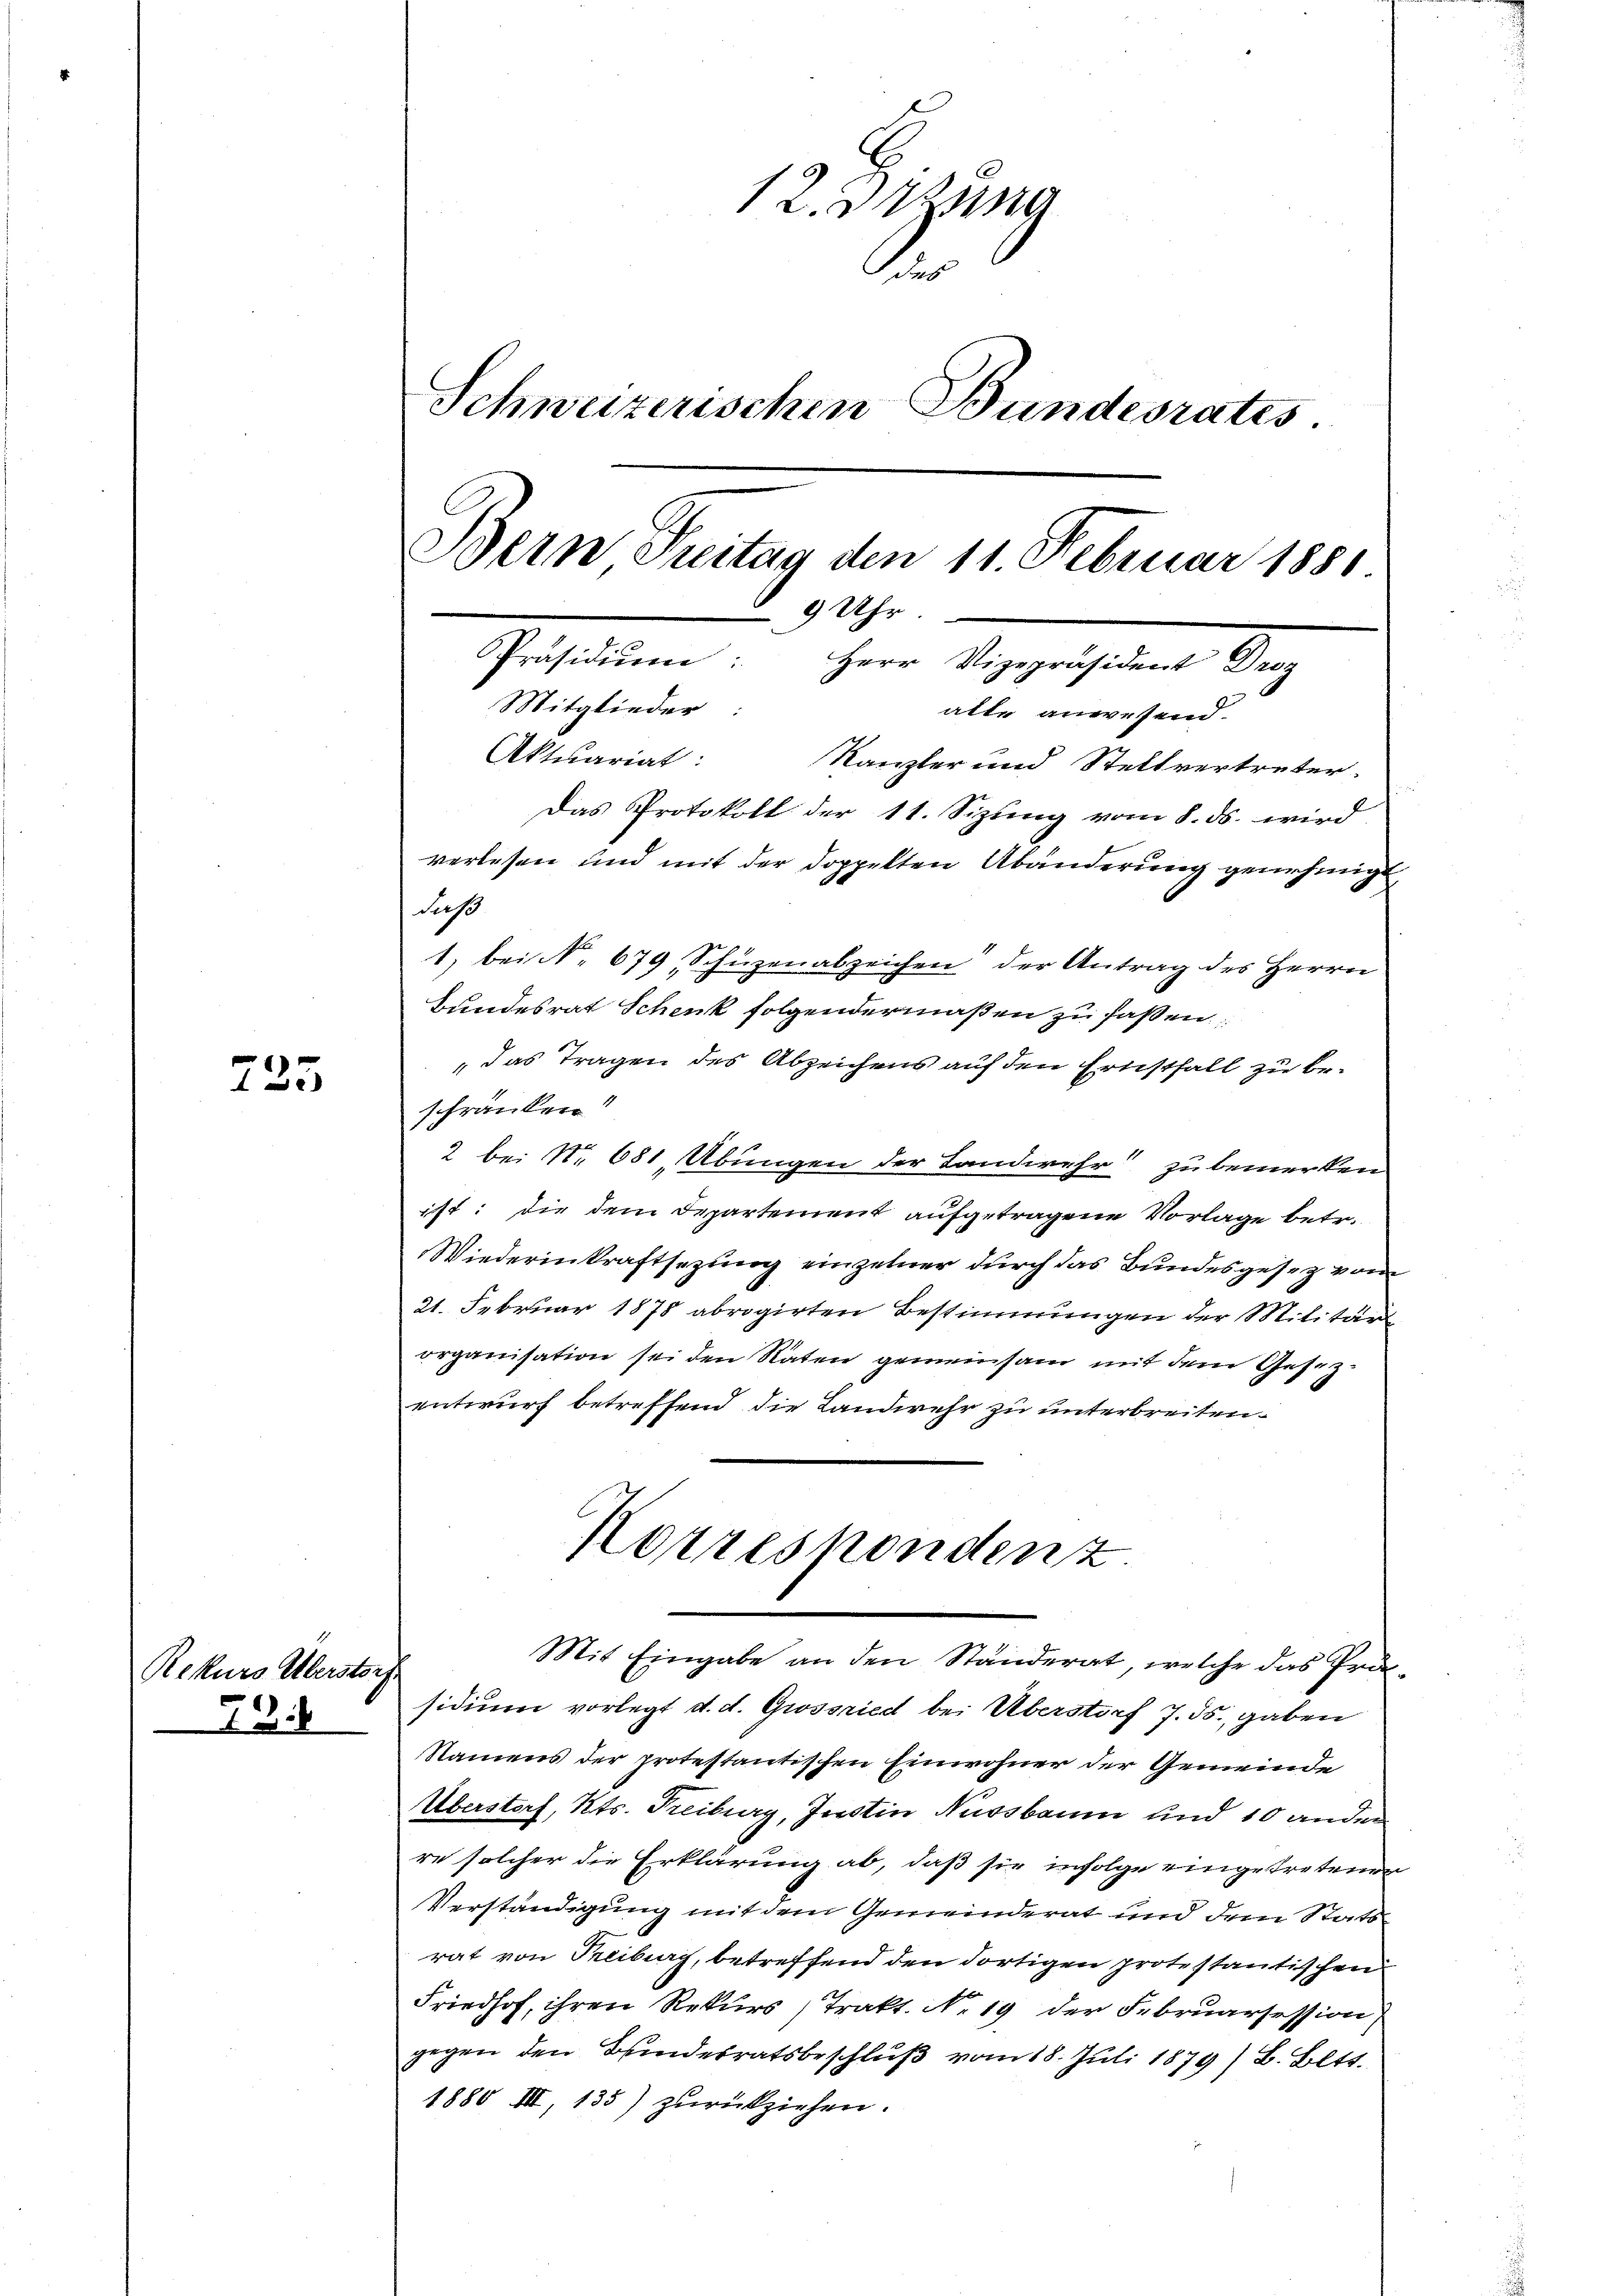
725

Rekurs Überstorp.
13.

12. Btzung
.
Schweizerischen Bundesrates
Bern Treitag den 11 Februar 1881
9 Uhr
Präsidiŭm: Herr Vizepräsident Droz
Mitglieder:
alte anwesend.
Aktuariat:
Kanzler und Stellvertreter.
Das Protokoll der 11. Sizung vom 8. ds. wird.
verlesen und mit der doppelten Abänderung genehmigt

daß
1) bei N. 679, Schüzenabzeichen der Antrag des Herrn
Bundesrat Schenk folgendermaßen zu faßen:
das Tragen des Abzeichens auf den Ernstfall zu beschränken!
2 bei No 681, Übungen der Landwehr zu bemerken
ist: die dem Departement aufgetragene Vorlage betr.
Wiederinkraftsezung einzelner durch das Bundesgesez von
21. Februar 1878 abrogirten Bestimmungen der Militärorganisation sei den Raten gemeinsam mit dem Gesezentwurf betreffend die Landwehr zu unterbreiten.
Korresponden z
Mit Eingabe an den Ständerat, welche das Prä
sidium vorlegt d. d. Grossried bei Überstorf 7. ds. gaben
Namens der protestantischen Einwohner der Gemeinde
Überstorf, Kts. Treiburg, Justin Nussbaum und 10 ander
re solcher die Erklärung ab, daß sie infolge eingetretenden
Verständigung mit dem Gemeinderat und dem Statsrat von Freiburg, betreffend den dortigen protestantischen
Friedhof, ihren Rekurs (Trakt. No. 19 der Februarsession
gegen den Bundesratsbeschluß vom 18. Juli 1879/ B. Bett.
1880 III, 133) zurückziehen.